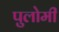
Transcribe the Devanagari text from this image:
पुलोमी